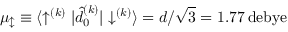
\mu _ { \updownarrow } \equiv { \langle \uparrow ^ { ( k ) } | \hat { d } _ { 0 } ^ { ( k ) } | \downarrow ^ { ( k ) } \rangle } = d / \sqrt { 3 } = 1 . 7 7 \, \mathrm { d e b y e }